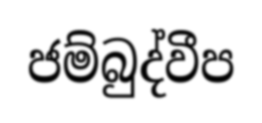
ජම්බුද්වීප